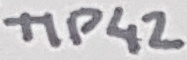
Text: TIP42